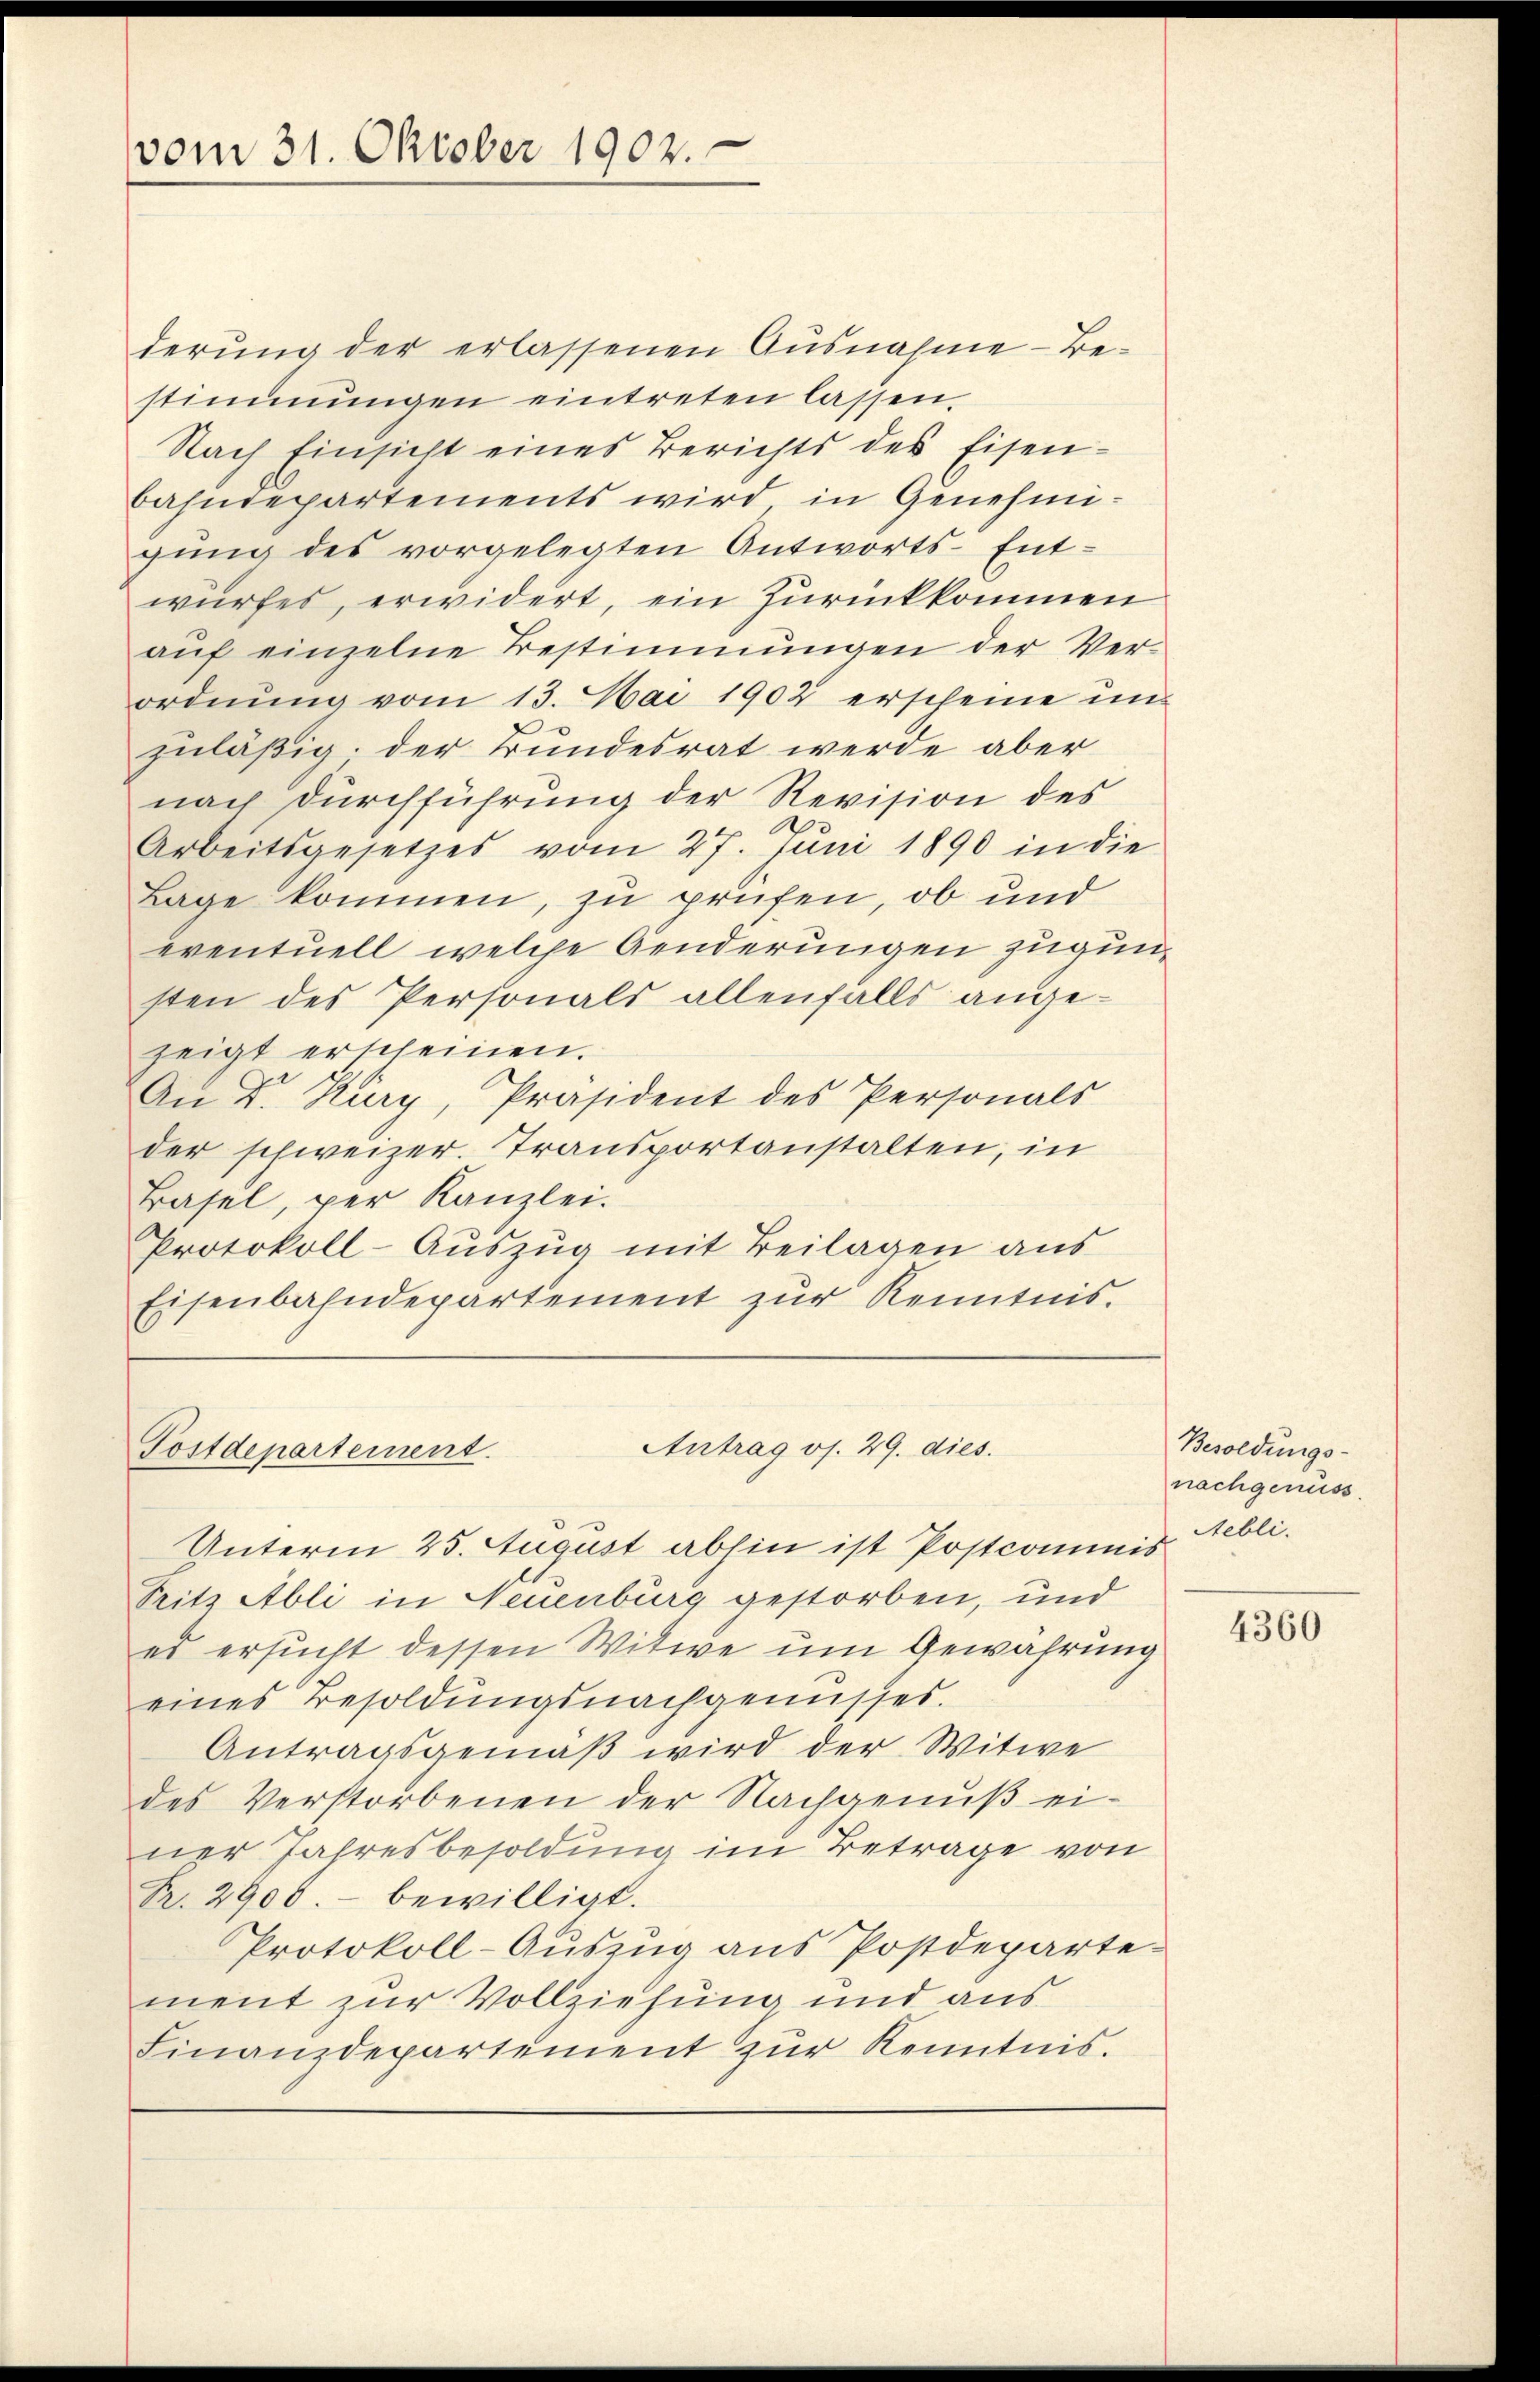
vom 31. Oktober 1902.

derung der erlassenen Ausnahme Be-
stimmungen eintreten lassen.
Nach Einsicht eines Berichts des Eisen-
bahndepartements wird in Genehmigung des vorgelegten Antworts-Entwurfes, erwidert, ein Zurückkommen
aŭf einzelne Bestimmungen der Ver-
ordnŭng vom 13. Mai 1902 erscheine in
zuläßig, der Bundesrat werde aber
nach durchführung der Revision des
Arbeitsgesetzes vom 27. Juni 1890 in die
Lage kommen, zu prüfen, ob und
eventuell, welche Aenderungen zugunsten des Personals allenfalls angezeigt erscheinen.
An Dr. Kury, Präsident des Personals
der schweizer. Transportanstalten, in
Basel, per Kanzlei.
Protokoll-Aŭszŭg mit Beilagen aus
Eisenbahndepartement zur Kenntnis.

Antrag os. 29. dies
Postdepartement.

Unterm 25. August abhin ist Postcommis
Pritz Abli in Neuenburg gestorben, und
es ersucht dessen Witwe um Gewährung
eines Besoldŭngsnachgenusses.
Antragsgemäß wird der Witwe
des Verstorbenen der Nachgenuß einer Jahresbesoldung im Betrage von
R. 2900.- bewilligt.
Protokoll-Auszug aus Postdeparte
ment zur Vollziehung und aus
Finanzdepartement zŭr Kenntnis.

Besoldungs-
nachgenuss.
Aebli.

4360